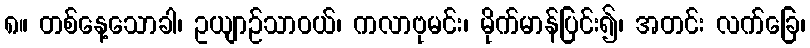
၈။ တစ်နေ့သောခါ၊ ဥယျာဉ်သာဝယ်၊ ကလာဗုမင်း၊ မိုက်မာန်ပြင်း၍၊ အတင်း လက်ခြေ၊